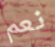
نعم